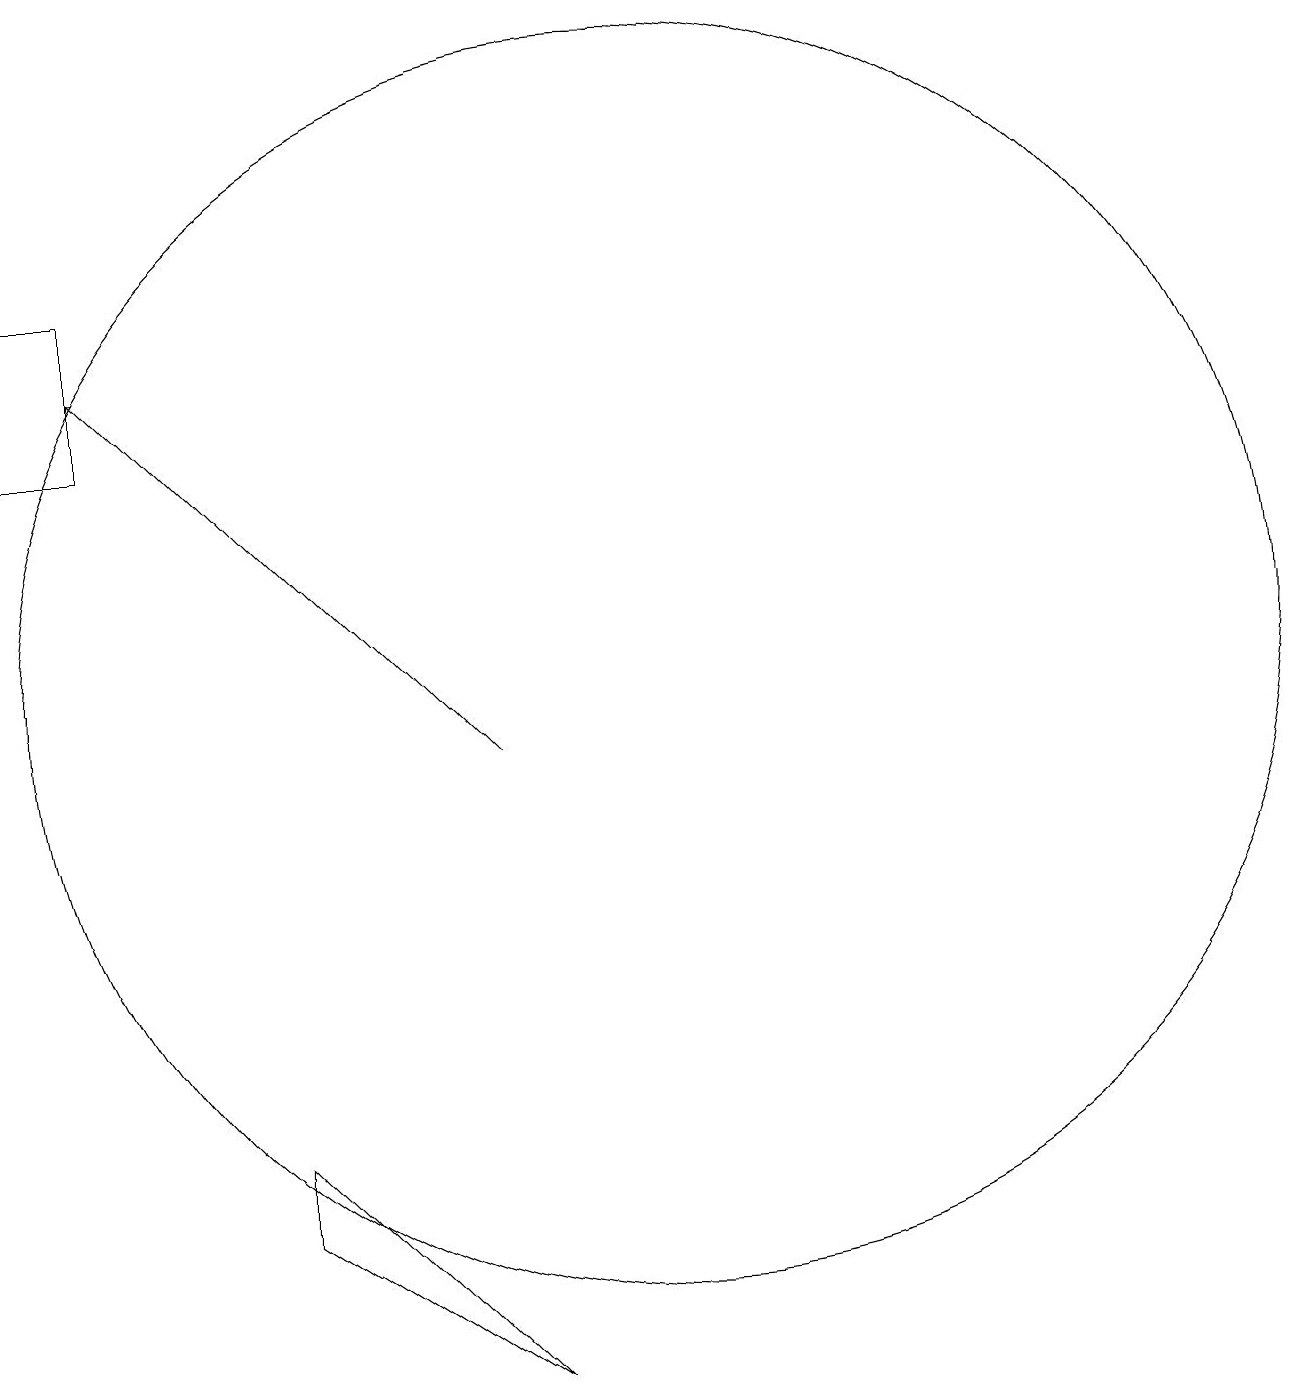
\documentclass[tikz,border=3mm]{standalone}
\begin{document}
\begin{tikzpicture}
\draw (11,11) circle (8);
\draw (6,4) -- (9,2) -- (6,5) -- cycle;
\draw (4,16) rectangle (3,14);
\draw[->] (9,10) -- (4,15);
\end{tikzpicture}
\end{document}